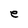
Character: e